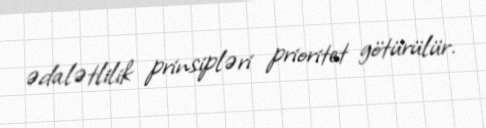
ədalətlilik prinsipləri prioritet götürülür.